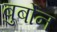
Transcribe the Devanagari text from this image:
बुर्बोन